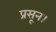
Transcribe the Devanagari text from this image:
प्रसून।